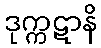
ဒုက္ကဋာနိ